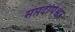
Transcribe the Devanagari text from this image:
सप्तदीपेश्वर